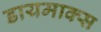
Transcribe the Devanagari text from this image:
डायमाक्स